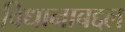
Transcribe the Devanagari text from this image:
विधानाबद्दल